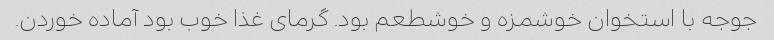
جوجه با استخوان خوشمزه و خوشطعم بود. گرمای غذا خوب بود آماده خوردن.